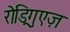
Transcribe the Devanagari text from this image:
रोड्रिगुएज़